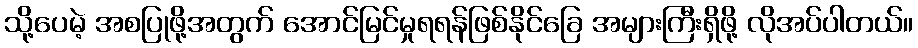
သို့ပေမဲ့ အစပြုဖို့အတွက် အောင်မြင်မှုရရန်ဖြစ်နိုင်ခြေ အများကြီးရှိဖို့ လိုအပ်ပါတယ်။